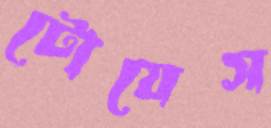
টোয়েস